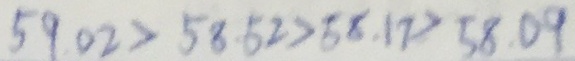
5 9 . 0 2 > 5 8 . 5 2 > 5 8 . 1 7 > 5 8 . 0 9